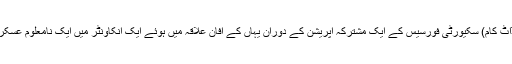
یکم اکٹوبر (سیاست ڈاٹ کام) سکیورٹی فورسیس کے ایک مشترکہ آپریشن کے دوران یہاں کے آفان علاقہ میں ہوئے ایک انکاؤنٹر میں ایک نامعلوم عسکریت پسند ہلاک ہوگیا۔